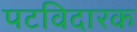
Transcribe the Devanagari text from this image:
पटविदारक